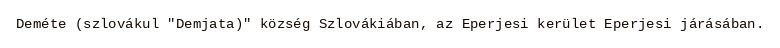
Deméte (szlovákul "Demjata)" község Szlovákiában, az Eperjesi kerület Eperjesi járásában.